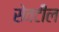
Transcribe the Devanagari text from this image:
सेवटील